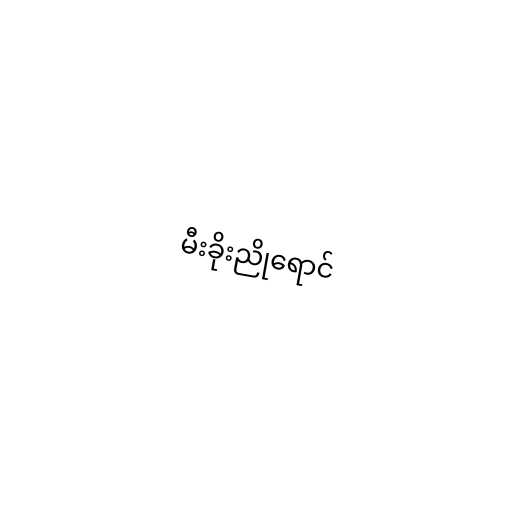
မီးခိုးညိုရောင်